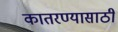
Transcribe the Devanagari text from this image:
कातरण्यासाठी